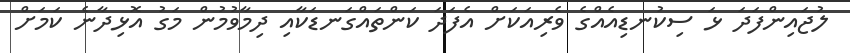
ލުޖައިންފަދަ ޅަ ސިކުނޑިއެއްގެ ވެރިއަކަށް އެފަދަ ކަންތައްގަނޑަކާއި ދިމާވުމުން މަގު އޮޅިދާނެ ކަމަށް